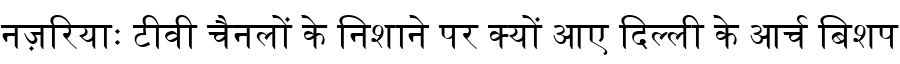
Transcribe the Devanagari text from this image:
नज़रियाः टीवी चैनलों के निशाने पर क्यों आए दिल्ली के आर्च बिशप